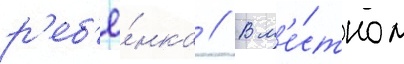
р'еб'ё́нка // В м'е́стном